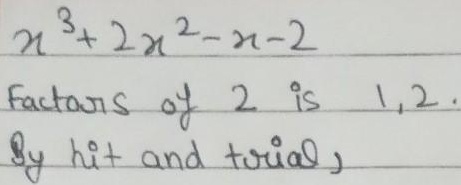
\(x^{3}+2x^{2}-x - 2\)
Factors of \(2\) is \(1,2\).
By hit and trial,